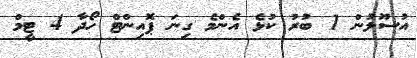
އުސޫލުން 1 ބުރު ކުޅެ އެންމެ ގިނަ ޕޮއިންޓް ހޯދާ 4 ޓީމް